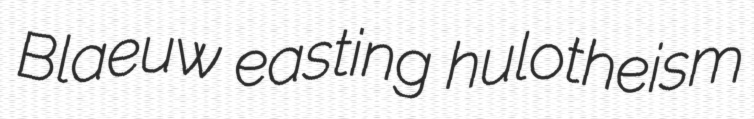
Blaeuw easting hulotheism